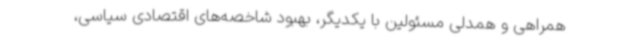
همراهی و همدلی مسئولین با یکدیگر، بهبود شاخصه‌های اقتصادی سیاسی،‌